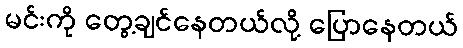
မင်းကို တွေ့ချင်နေတယ်လို့ ပြောနေတယ်